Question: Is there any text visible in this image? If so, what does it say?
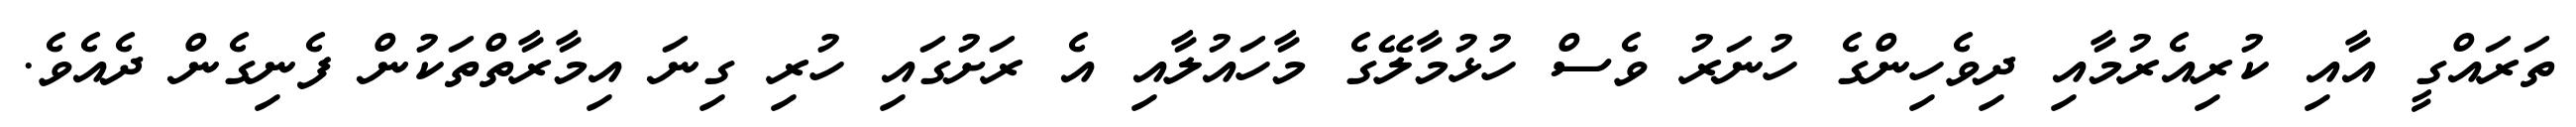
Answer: ތަރައްގީ އާއި ކުރިއެރުމާއި ދިވެހިންގެ ހުނަރު ވެސް ހުޅުމާލޭގެ މާހައުލާއި އެ ރަށުގައި ހުރި ގިނަ އިމާރާތްތަކުން ފެނިގެން ދެއެވެ.